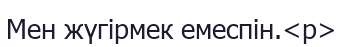
Мен жүгірмек емеспін.<p>